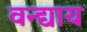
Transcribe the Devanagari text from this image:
वन्द्याय